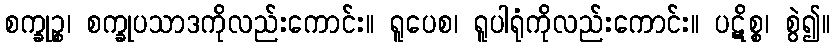
စက္ခုဉ္စ၊ စက္ခုပသာဒကိုလည်းကောင်း။ ရူပေစ၊ ရူပါရုံကိုလည်းကောင်း။ ပဋိစ္စ၊ စွဲ၍။